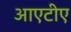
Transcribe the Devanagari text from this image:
आएटीए